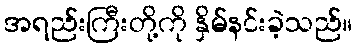
အရည်းကြီးတို့ကို နှိမ်နင်းခဲ့သည်။